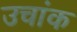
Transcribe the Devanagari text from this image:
उचांक